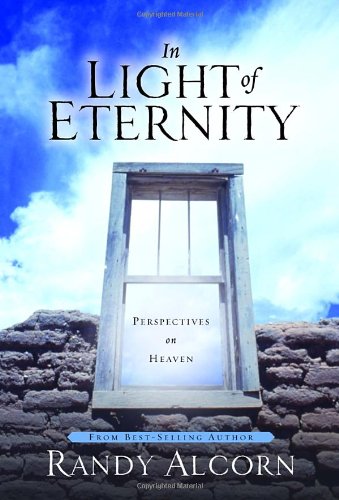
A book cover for In Light of Eternity: Perspectives on Heaven; Randy Alcorn; Christian Books & Bibles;